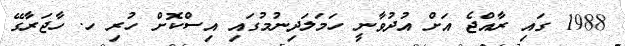
1988 ގައި ރާއްޖެ އަށް އުދުވާނީ ހަމަލަދިނުމުގައި އިސްކޮށް ހުރި ހ. ހާޖަރާގޭ